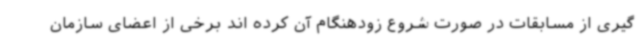
گیری از مسابقات در صورت شروع زودهنگام آن کرده اند برخی از اعضای سازمان